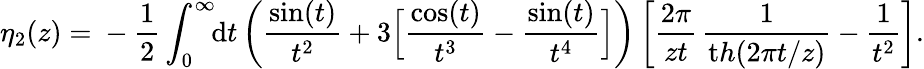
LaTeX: \eta_{2}(z)=\mathrm{}-\frac 12\int_{0}^{\infty}\! \! {\mathrm{d}}t\left(\frac{\sin(t)}{t^{2}}+3\Big[{\frac{\cos(t)}{t^{3}}}-{\frac{\sin(t)}{t^{4}}}\Big]\right)\left[\frac{2\pi}{zt}\, \frac{1}{{\mathrm th}(2\pi t/z)}-\frac{1}{t^{2}}\right].